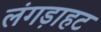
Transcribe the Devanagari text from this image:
लंगड़ाहट